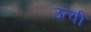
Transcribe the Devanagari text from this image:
उत्वी